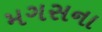
મગસના